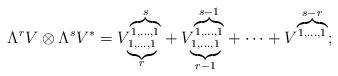
LaTeX: \begin{gather*}\Lambda^rV\otimes \Lambda^s V^* = V_{ \underbrace{{\scriptstyle{1,\dots,1}}}_{\scriptstyle{r}}}^{\overbrace{\scriptstyle1,\dotsc, 1}^{\scriptstyle{s}}} + V_{ \underbrace{\scriptstyle1,\dots,1}_{\scriptstyle{r-1}}}^{\overbrace{\scriptstyle1,\dotsc, 1}^{\scriptstyle{s-1}}}+\dots + V^{\overbrace{\scriptstyle1,\dotsc, 1}^{\scriptstyle{s-r}}};\end{gather*}